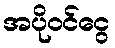
အပိုဝင်ငွေ